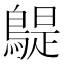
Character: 𪂿